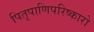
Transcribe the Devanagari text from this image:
पितृपाणिपरिष्कारो